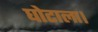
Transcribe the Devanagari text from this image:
घोटाला।